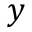
y